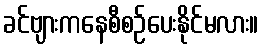
ခင်ဗျားကနေစီစဉ်ပေးနိုင်မလား။